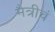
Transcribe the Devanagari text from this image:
मैत्रीचं